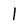
Character: l